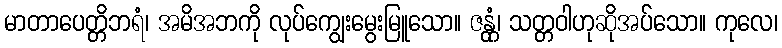
မာတာပေတ္တိဘရံ၊ အမိအဘကို လုပ်ကျွေးမွေးမြူသော။ ဇန္တုံ၊ သတ္တဝါဟုဆိုအပ်သော။ ကုလေ၊